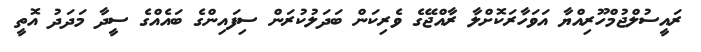
ރައީސުލްޖުމްހޫރިއްޔާ އަވަހާރަކޮށްލާ ރާއްޖޭގެ ވެރިކަން ބަދަލުކުރަން ސިފައިންގެ ބައެއްގެ ސީދާ މަދަދު އޮތީ